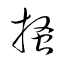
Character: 搔